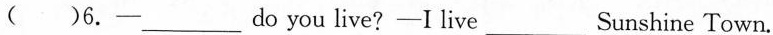
( )6.-_________do you live? -I live_________Sunshine Town.